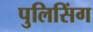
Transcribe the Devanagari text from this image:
पुलिसिंग